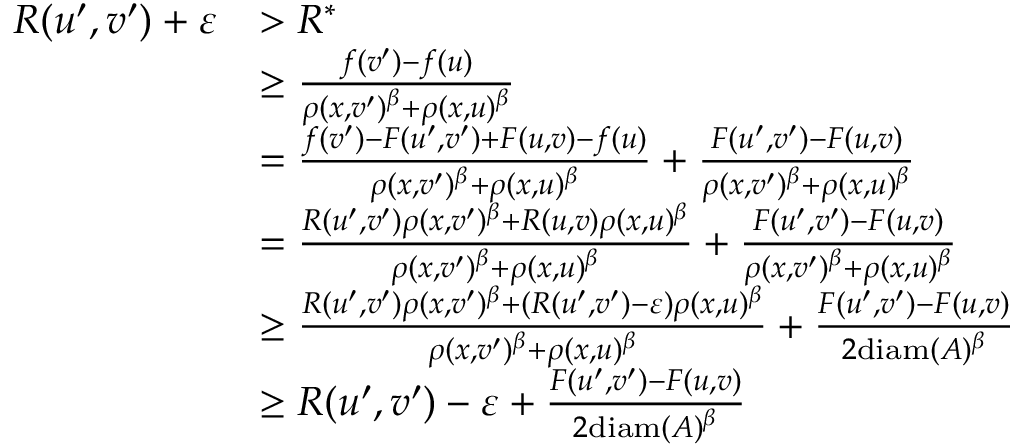
\begin{array} { r l } { R ( u ^ { \prime } , v ^ { \prime } ) + \varepsilon } & { > R ^ { * } } \\ & { \geq \frac { f ( v ^ { \prime } ) - f ( u ) } { \rho ( x , v ^ { \prime } ) ^ { \beta } + \rho ( x , u ) ^ { \beta } } } \\ & { = \frac { f ( v ^ { \prime } ) - F ( u ^ { \prime } , v ^ { \prime } ) + F ( u , v ) - f ( u ) } { \rho ( x , v ^ { \prime } ) ^ { \beta } + \rho ( x , u ) ^ { \beta } } + \frac { F ( u ^ { \prime } , v ^ { \prime } ) - F ( u , v ) } { \rho ( x , v ^ { \prime } ) ^ { \beta } + \rho ( x , u ) ^ { \beta } } } \\ & { = \frac { R ( u ^ { \prime } , v ^ { \prime } ) \rho ( x , v ^ { \prime } ) ^ { \beta } + R ( u , v ) \rho ( x , u ) ^ { \beta } } { \rho ( x , v ^ { \prime } ) ^ { \beta } + \rho ( x , u ) ^ { \beta } } + \frac { F ( u ^ { \prime } , v ^ { \prime } ) - F ( u , v ) } { \rho ( x , v ^ { \prime } ) ^ { \beta } + \rho ( x , u ) ^ { \beta } } } \\ & { \geq \frac { R ( u ^ { \prime } , v ^ { \prime } ) \rho ( x , v ^ { \prime } ) ^ { \beta } + ( R ( u ^ { \prime } , v ^ { \prime } ) - \varepsilon ) \rho ( x , u ) ^ { \beta } } { \rho ( x , v ^ { \prime } ) ^ { \beta } + \rho ( x , u ) ^ { \beta } } + \frac { F ( u ^ { \prime } , v ^ { \prime } ) - F ( u , v ) } { 2 \mathrm { d i a m } ( A ) ^ { \beta } } } \\ & { \geq R ( u ^ { \prime } , v ^ { \prime } ) - \varepsilon + \frac { F ( u ^ { \prime } , v ^ { \prime } ) - F ( u , v ) } { 2 \mathrm { d i a m } ( A ) ^ { \beta } } } \end{array}